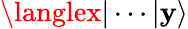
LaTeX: \langlex|\cdots|\mathbf{y}\rangle